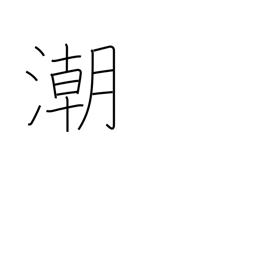
Meaning: tide